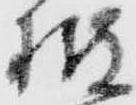
披